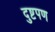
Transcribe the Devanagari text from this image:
दुष्टपण